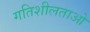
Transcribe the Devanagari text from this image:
गतिशीलताओ